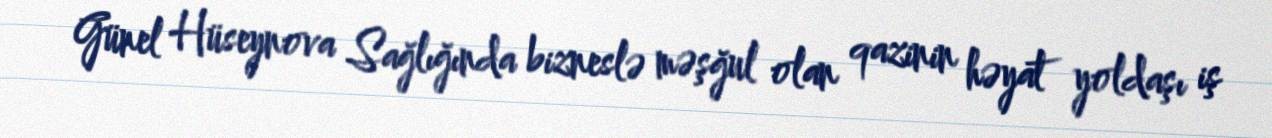
Günel Hüseynova Sağlığında bizneslə məşğul olan qazinin həyat yoldaşı iş